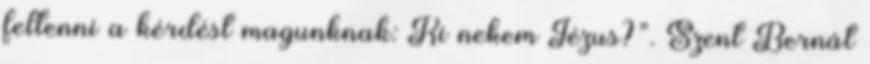
feltenni a kérdést magunknak: Ki nekem Jézus?”. Szent Bernát